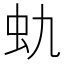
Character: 𰲩